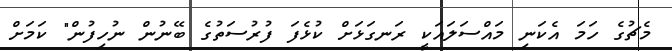
މެޗުގެ ހަމަ އެކަނި މައްސަލައަކީ ރަނގަޅަށް ކުޅެފަ ފުރުސަތުގެ ބޭނުން ނުހިފުން" ކަމަށް